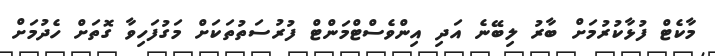
މާކެޓް ފުޅާކުރުމަށް ބާރު ލިބޭނެ އަދި އިންވެސްޓްމަންޓް ފުރުސަތުތަކަށް މަގުފަހިވާ ގޮތަށް ހެދުމަށް